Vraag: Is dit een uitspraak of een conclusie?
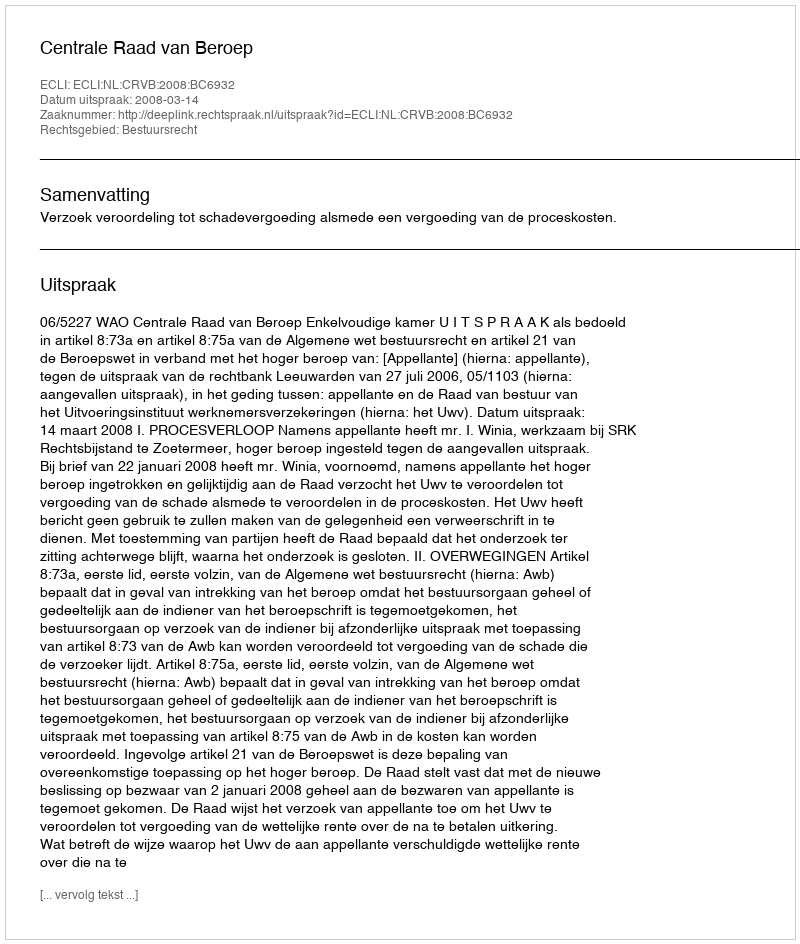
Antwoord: Uitspraak